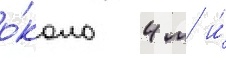
о́коло 4 м и́